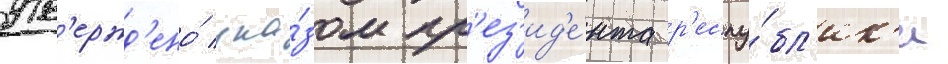
утв'ержд'ено́ ука́зом пр'ез'ид'е́нта р'еспу́бл'ик'и